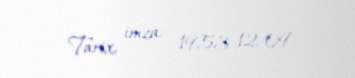
Tarix, imza: 1953-12-09